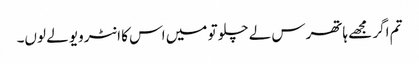
تم اگر مجھے ہاتھرس لے چلو تو میں اس کا انٹرویو لے لوں۔